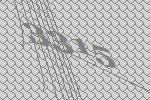
3315